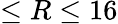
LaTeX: \leq R\leq 16